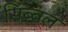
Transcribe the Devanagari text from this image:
सिब्‍बल